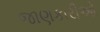
જાણકારીઓ